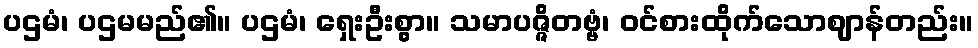
ပဌမံ၊ ပဌမမည်၏။ ပဌမံ၊ ရှေးဦးစွာ။ သမာပဇ္ဇိတဗ္ဗံ၊ ဝင်စားထိုက်သောဈာန်တည်း။